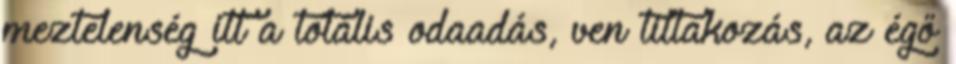
meztelenség itt a totális odaadás, ven tiltakozás, az égő